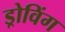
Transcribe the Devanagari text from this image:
ड्रोविंग